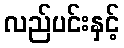
လည်ပင်းနှင့်